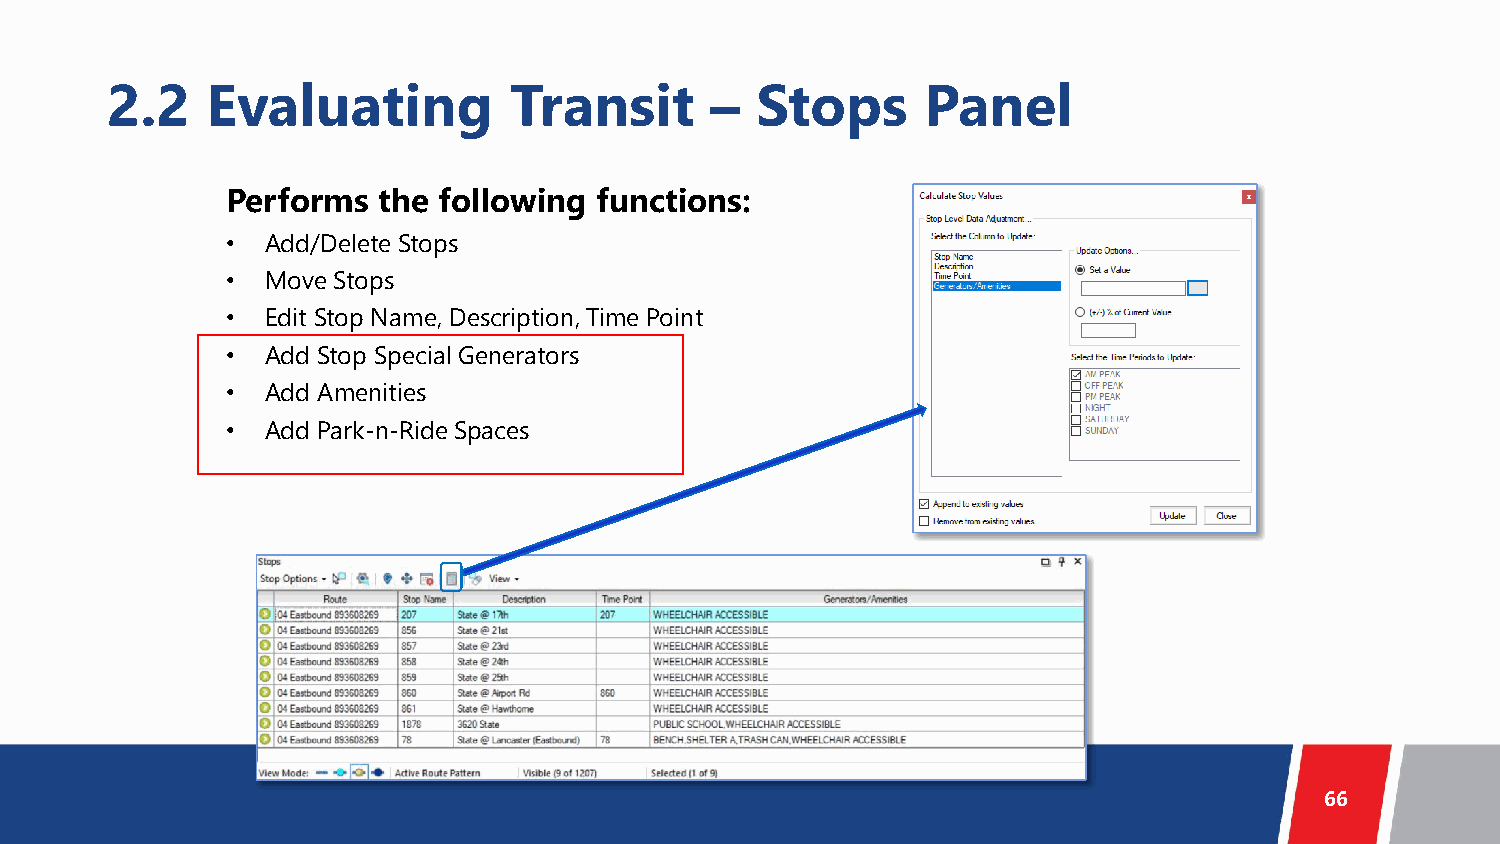
2.2    Evaluating          Transit      –  Stops      Panel
 Performs  the following functions:
 •  Add/Delete Stops
 •  Move Stops
 •  Edit Stop Name, Description, Time Point
 •  Add Stop Special Generators
 •  Add Amenities
 •  Add Park-n-Ride Spaces
 66